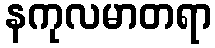
နကုလမာတရာ